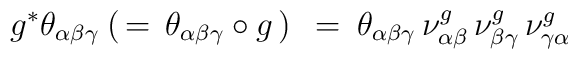
g^* \theta_{\alpha \beta \gamma} \: ( \, = \,  \theta_{\alpha \beta\gamma} \circ g \, ) \:   \: = \:  \theta_{\alpha \beta \gamma} \, \nu^g_{\alpha \beta} \, \nu^g_{\beta \gamma} \, \nu^g_{\gamma \alpha}